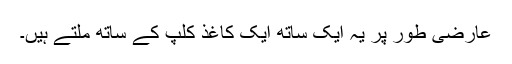
عارضی طور پر یہ ایک ساتھ ایک کاغذ کلپ کے ساتھ ملتے ہیں۔